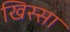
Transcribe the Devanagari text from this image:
खिस्‍सा